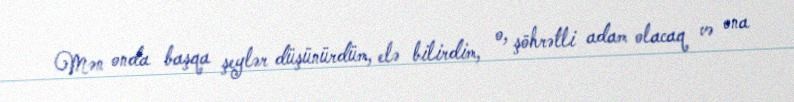
Mən onda başqa şeylər düşünürdüm, elə bilirdim, o, şöhrətli adam olacaq və ona